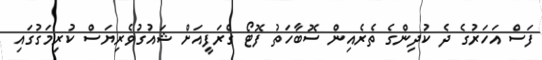
ފަސް އަހަރުގެ ދެ ކުދިންގެ ތެރެއިން ސޮބާހަތު ފޮޓޯ ގްރަފީއަށް ޝައުގުވެރިޔަސް ކުރިމަގުގައި